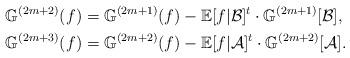
LaTeX: \begin{align*}\mathbb{G}^{(2m+2)}(f) & =\mathbb{G}^{(2m+1)}(f)-\mathbb{E}[f|\mathcal{B}]^{t}\cdot\mathbb{G}^{(2m+1)}[\mathcal{B}],\\\mathbb{G}^{(2m+3)}(f) & =\mathbb{G}^{(2m+2)}(f)-\mathbb{E}[f|\mathcal{A}]^{t}\cdot\mathbb{G}^{(2m+2)}[\mathcal{A}].\end{align*}